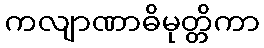
ကလျာဏာဓိမုတ္တိကာ